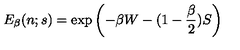
E _ { \beta } ( n ; s ) = \exp \left( - \beta W - ( 1 - { \frac { \beta } { 2 } } ) S \right)